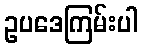
ဥပဒေကြမ်းပါ